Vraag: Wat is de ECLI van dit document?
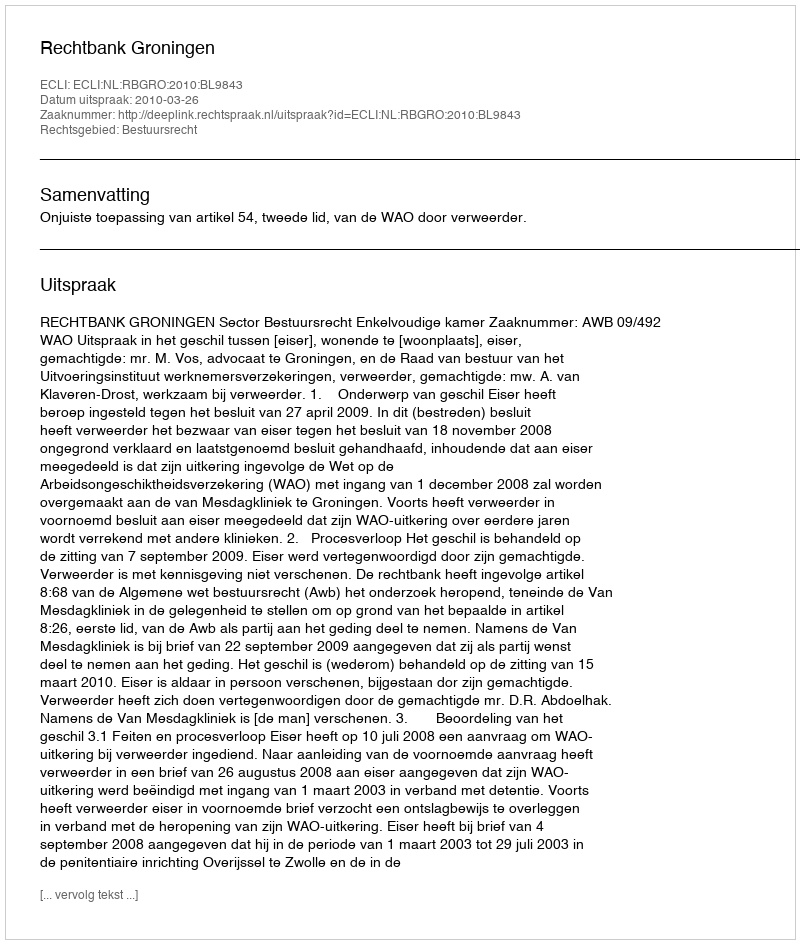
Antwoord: ECLI:NL:RBGRO:2010:BL9843